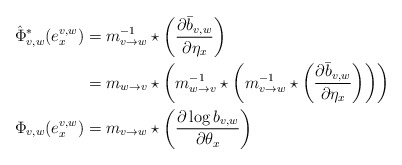
\begin{align*}\hat{\Phi}^*_{v,w}(e^{v,w}_x)&=m_{v\to w}^{-1} \star \left(\frac{\partial \bar{b}_{v,w}}{\partial \eta_x}\right)\\&=m_{w\to v}\star \left(m_{w\to v}^{-1}\star\left(m_{v\to w}^{-1} \star \left(\frac{\partial \bar{b}_{v,w}}{\partial \eta_x}\right)\right)\right)\\\Phi_{v,w}(e^{v,w}_x)&=m_{v\to w} \star \left(\frac{\partial \log b_{v,w}}{\partial \theta_x} \right)\end{align*}